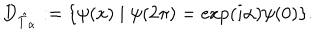
D _ { \hat { T } _ { \alpha } } : = \{ \psi ( x ) \mid \psi ( 2 \pi ) = \exp ( i \alpha ) \psi ( 0 ) \} .